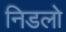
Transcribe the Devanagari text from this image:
निडलो